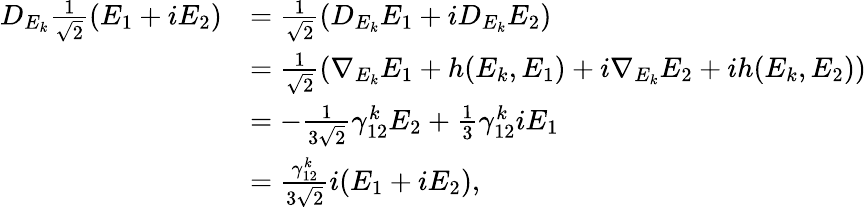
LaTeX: \begin{array}{rl}{D_{E_{k}}\frac{1}{\sqrt{2}}(E_{1}+iE_{2})}&{=\frac{1}{\sqrt{2}}(D_{E_{k}}E_{1}+iD_{E_{k}}E_{2})}\\ &{=\frac{1}{\sqrt{2}}(\nabla_{E_{k}}E_{1}+h(E_{k},E_{1})+i\nabla_{E_{k}}E_{2}+ih(E_{k},E_{2}))}\\ &{=-\frac{1}{3\sqrt{2}}\gamma_{12}^{k}E_{2}+\frac{1}{3}\gamma_{12}^{k}iE_{1}}\\ &{=\frac{\gamma_{12}^{k}}{3\sqrt{2}}i(E_{1}+iE_{2}),}\end{array}